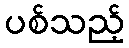
ပစ်သည့်